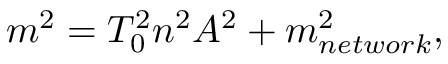
m ^ { 2 } = T _ { 0 } ^ { 2 } n ^ { 2 } A ^ { 2 } + m _ { n e t w o r k } ^ { 2 } ,